Report on vaccination in Madras 1922-1929 - 1922-1929
Year: 1922
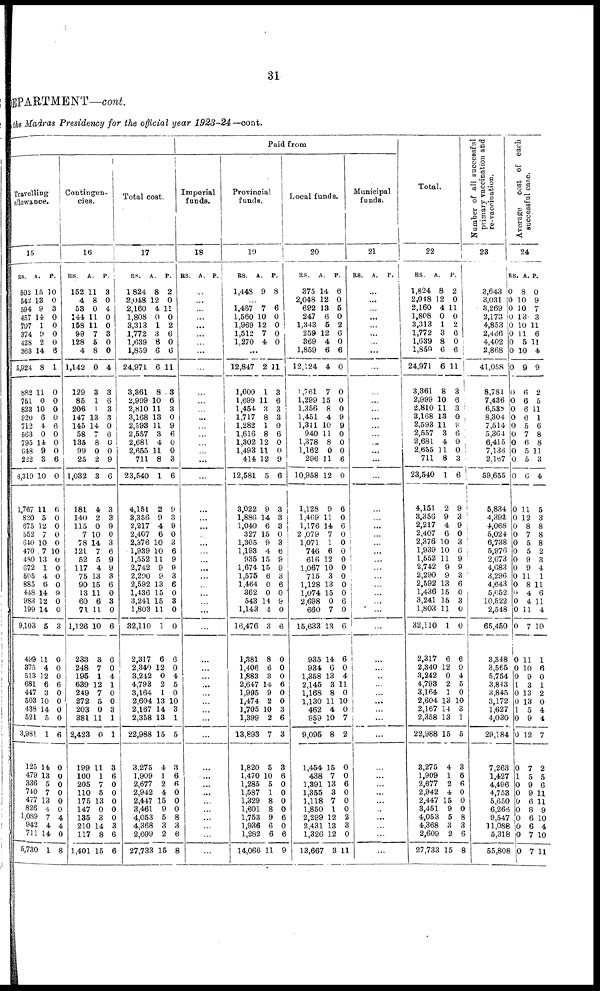
31
DEPARTMENT—cont.
the Madras Presidency for the official year 1923-24—cont.
Paid from
Travelling
allowance.
15
RS.
502
542
594
457
797
374
428
363
5,924
882
751
823
920
712
563
795
648
222
6,319
1,767
820
675
552
640
470
480
672
505
885
448
983
199
9,103
499
375
513
681
447
503
438
521
3,981
125
479
336
740
477
826
1,089
942
711
5,730
A.
15
13
9
14
1
9
2
14
8
11
0
10
6
4
0
14
9
3
10
11
5
12
7
10
7
13
1
4
6
14
12
14
5
11
4
12
6
3
10
14
5
1
14
13
5
7
13
4
7
4
14
1
P.
10
0
3
0
0
0
0
6
1
0
0
0
0
6
0
0
0
6
0
6
0
0
0
0
10
0
0
0
0
9
0
0
3
0
0
0
6
0
0
0
0
6
0
0
0
0
0
0
4
4
0
8
Contingen-
cies.
16
RS.
152
4
53
144
158
99
128
4
1,142
129
85
206
147
145
58
135
99
25
1,032
181
140
115
7
78
121
52
117
75
90
13
60
71
1,126
233
248
195
639
249
272
203
381
2,423
199
100
205
110
175
147
135
210
117
1,401
A.
11
8
0
11
11
7
5
8
0
3
1
1
13
14
7
8
0
2
3
4
2
0
10
14
7
5
4
13
15
11
6
11
10
3
7
1
12
7
5
0
11
0
11
1
7
5
13
0
3
14
8
15
P.
3
0
4
0
0
3
0
0
4
3
6
3
3
0
6
0
0
9
6
3
3
9
0
3
6
9
9
3
6
0
3
0
6
6
0
4
1
0
0
3
1
1
3
6
0
0
0
0
0
3
6
6
Total cost.
17
RS.
1,824
2,048
2,160
1,808
3,313
1,772
1,639
1,859
24,971
3,361
2,999
2,810
3,168
2,593
2,557
2,681
2,655
711
23,540
4,151
3,356
2,217
2,407
2,376
1,939
1,552
2,742
2,290
2,592
1,436
3,241
1,803
32,110
2,317
2,340
3,242
4,793
3,164
2,604
2,167
2,358
22,988
3,275
1,909
2,677
2,942
2,447
3,461
4,053
4,368
2,609
27,733
A.
8
12
4
0
1
3
8
6
6
8
10
11
13
11
3
4
11
8
1
2
9
4
6
10
10
11
9
9
13
15
15
11
1
6
12
0
2
1
13
14
13
15
4
1
2
4
15
9
5
3
2
15
P.
2
0
11
0
2
6
0
6
11
3
6
3
0
9
6
0
0
3
6
9
3
9
0
3
6
9
9
3
6
0
3
0
0
6
0 4
5
0
10
3
1
5
3
6
6
0
0
0
8
3
6
8
Imperial
funds.
18
RS. A. P.
...
...
...
...
...
...
...
...
...
...
...
...
...
...
...
...
...
...
...
...
...
...
...
...
...
...
...
...
...
...
...
...
...
...
...
...
...
...
...
...
...
...
...
...
...
...
...
...
...
...
...
...
Provincial
funds.
19
RS.
1,448
A.
9
P.
8
...
1,467
1,560
1,969
1,512
1,270
7
10
12
7
4
6
0
0
0
0
...
12,847
1,600
1,699
1,454
1,717
1,282
1,616
1,302
1,493
414
12,581
3,022
1,886
1,040
327
1,305
1,193
935
1,674
1,575
1,464
362
543
1,143
16,476
1,381
1,406
1,883
2,647
1,995
1,474
1,705
1,399
13,893
1,820
1,470
1,285
1,587
1,329
1,601
1,753
1,936
1,282
14,066
2
1
11
3
8
1
8
12
11
12
5
9
14
6
15
9
4
15
15
6
0
0
14
4
3
8
6
3
14
9
2
10
2
7
5
10
5
1
8
8
9
6
6
11
11
3
6
3
3
0
6
0
0
9
6
3
3
3
0
3
6
9
9
3
6
0
9
0
6
0
0
0
6
0
0
3
6
3
3
6
0
0
0
0
6
0
6
9
Local funds.
20
RS.
375
2,048
692
247
1,343
259
369
1,859
12,124
1 ,761
1,299
1,356
1,451
1,311
940
1,378
1,162
296
10,958
1,128
1,469
1,176
2,079
1,071
746
616
1,067
715
1,128
1,074
2,698
660
15,633
935
934
1,358
2,145
1,168
1,130
462
959
9,095
1,454
438
1,391
1,355
1,118
1,850
2,299
2,431
1,326
13,667
A.
14
12
13
6
5
12
4
6
4
7
15
8
4
10
11
8
0
11
12
9
11
14
7
1
6
12
10
3
13
15
0
7
13
14
6
13
3
8
11
4
10
8
15
7
13
3
7
1
12
13
12
3
P.
6
0
5
0
2
6
0
6
0
0
0
0
9
9
0
0
0
6
0
6
0
6
0
0
0
0
0
0
0
0
6
0
6
6
0
4
11
0
10
0
7
2
0
0
6
0
0
0
2
3
0
11
Municipal
funds.
21
RS. A.
P.
...
...
...
...
...
...
...
...
...
...
...
...
...
...
...
...
...
...
...
...
...
...
...
...
...
...
...
...
...
...
...
...
...
...
...
...
...
...
...
...
...
...
...
...
...
...
...
...
...
...
...
...
Total.
22
RS.
1,824
2,048
2,160
1,808
3,313
1,772
1,639
1,859
24,971
3,361
2,999
2,810
3,168
2,593
2,557
2,681
2,655
711
23,540
4,151
3,356
2,217
2,407
2,376
1,939
1,552
2,742
2,290
2,592
1,436
3,241
1,803
32,110
2,317
2,340
3,242
4,793
3,164
2,604
2,167
2,358
22,988
3,275
1,909
2,677
2,942
2,447
3,451
4,053
4,368
2,609
27,733
A.
8
12
4
0
1
3
8
6
6
8
10
11
13
11
3
4
11
8
1
2
9
4
6
10
10
11
9
9
13
15
15
11
1
6
12
0
2
1
13
14
13
15
4
1
2
4
15
9
5
3
2
15
P.
2
0
11
0
2
6
0
6
11
3
6
3
0
9
6
0
0
3
6
9
3
9
0
3
6
9
9
3
6
0
3
0
0
6
0
4
5
0
10
3
1
5
3
6
6
0
0
0
8
3
6
8
Number of all successful
primary vaccination and
re-vaccination.
23
3,643
3,031
3,269
2,173
4,853
2,466
4,402
2,868
41,058
8,781
7,436
6,538
8,304
7,514
5,364
6,415
7,136
2,167
59,655
5,834
4,393
4,068
5,024
6,738
5,976
2,673
4,683
3,296
4,643
5,052
10,522
2,548
65,450
3,348
3,565
5,754
3,843
3,845
3,172
1,627
4,030
29,184
7,263
1,427
4,496
4,753
5,650
6,266
9,547
11,088
5,318
55,808
Average
cost of each
successful case.
24
RS
0
0
0
0
0
0
0
0
0
0
0
0
0
0
0
0
0
0
0
0
0
0
0
0
0
0
0
0
0
0
0
0
0
0
0
0
1
0
0
1
0
0
0
1
0
0
0
0
0
0 0
0
A.
8
10
10
13
10
11
5
10
9
6
6
6
6
5
7
6
5
5
6
11
12
8
7
5
5
9
9
11
8
4
4
11
7
11
10
9
3
13
13
5
9
12
7
5
9
9
6
8
6
6
7
7
P.
0
9
7
3
11
6
11
4
9
2
5
11
1
6
8
8
11
3
4
5
3
8
8
8
2
3
4
1
11
6
11
4
10
1
6
0
1
2
0
4
4
7
2
5
6
11
11
9
10
4
10
11